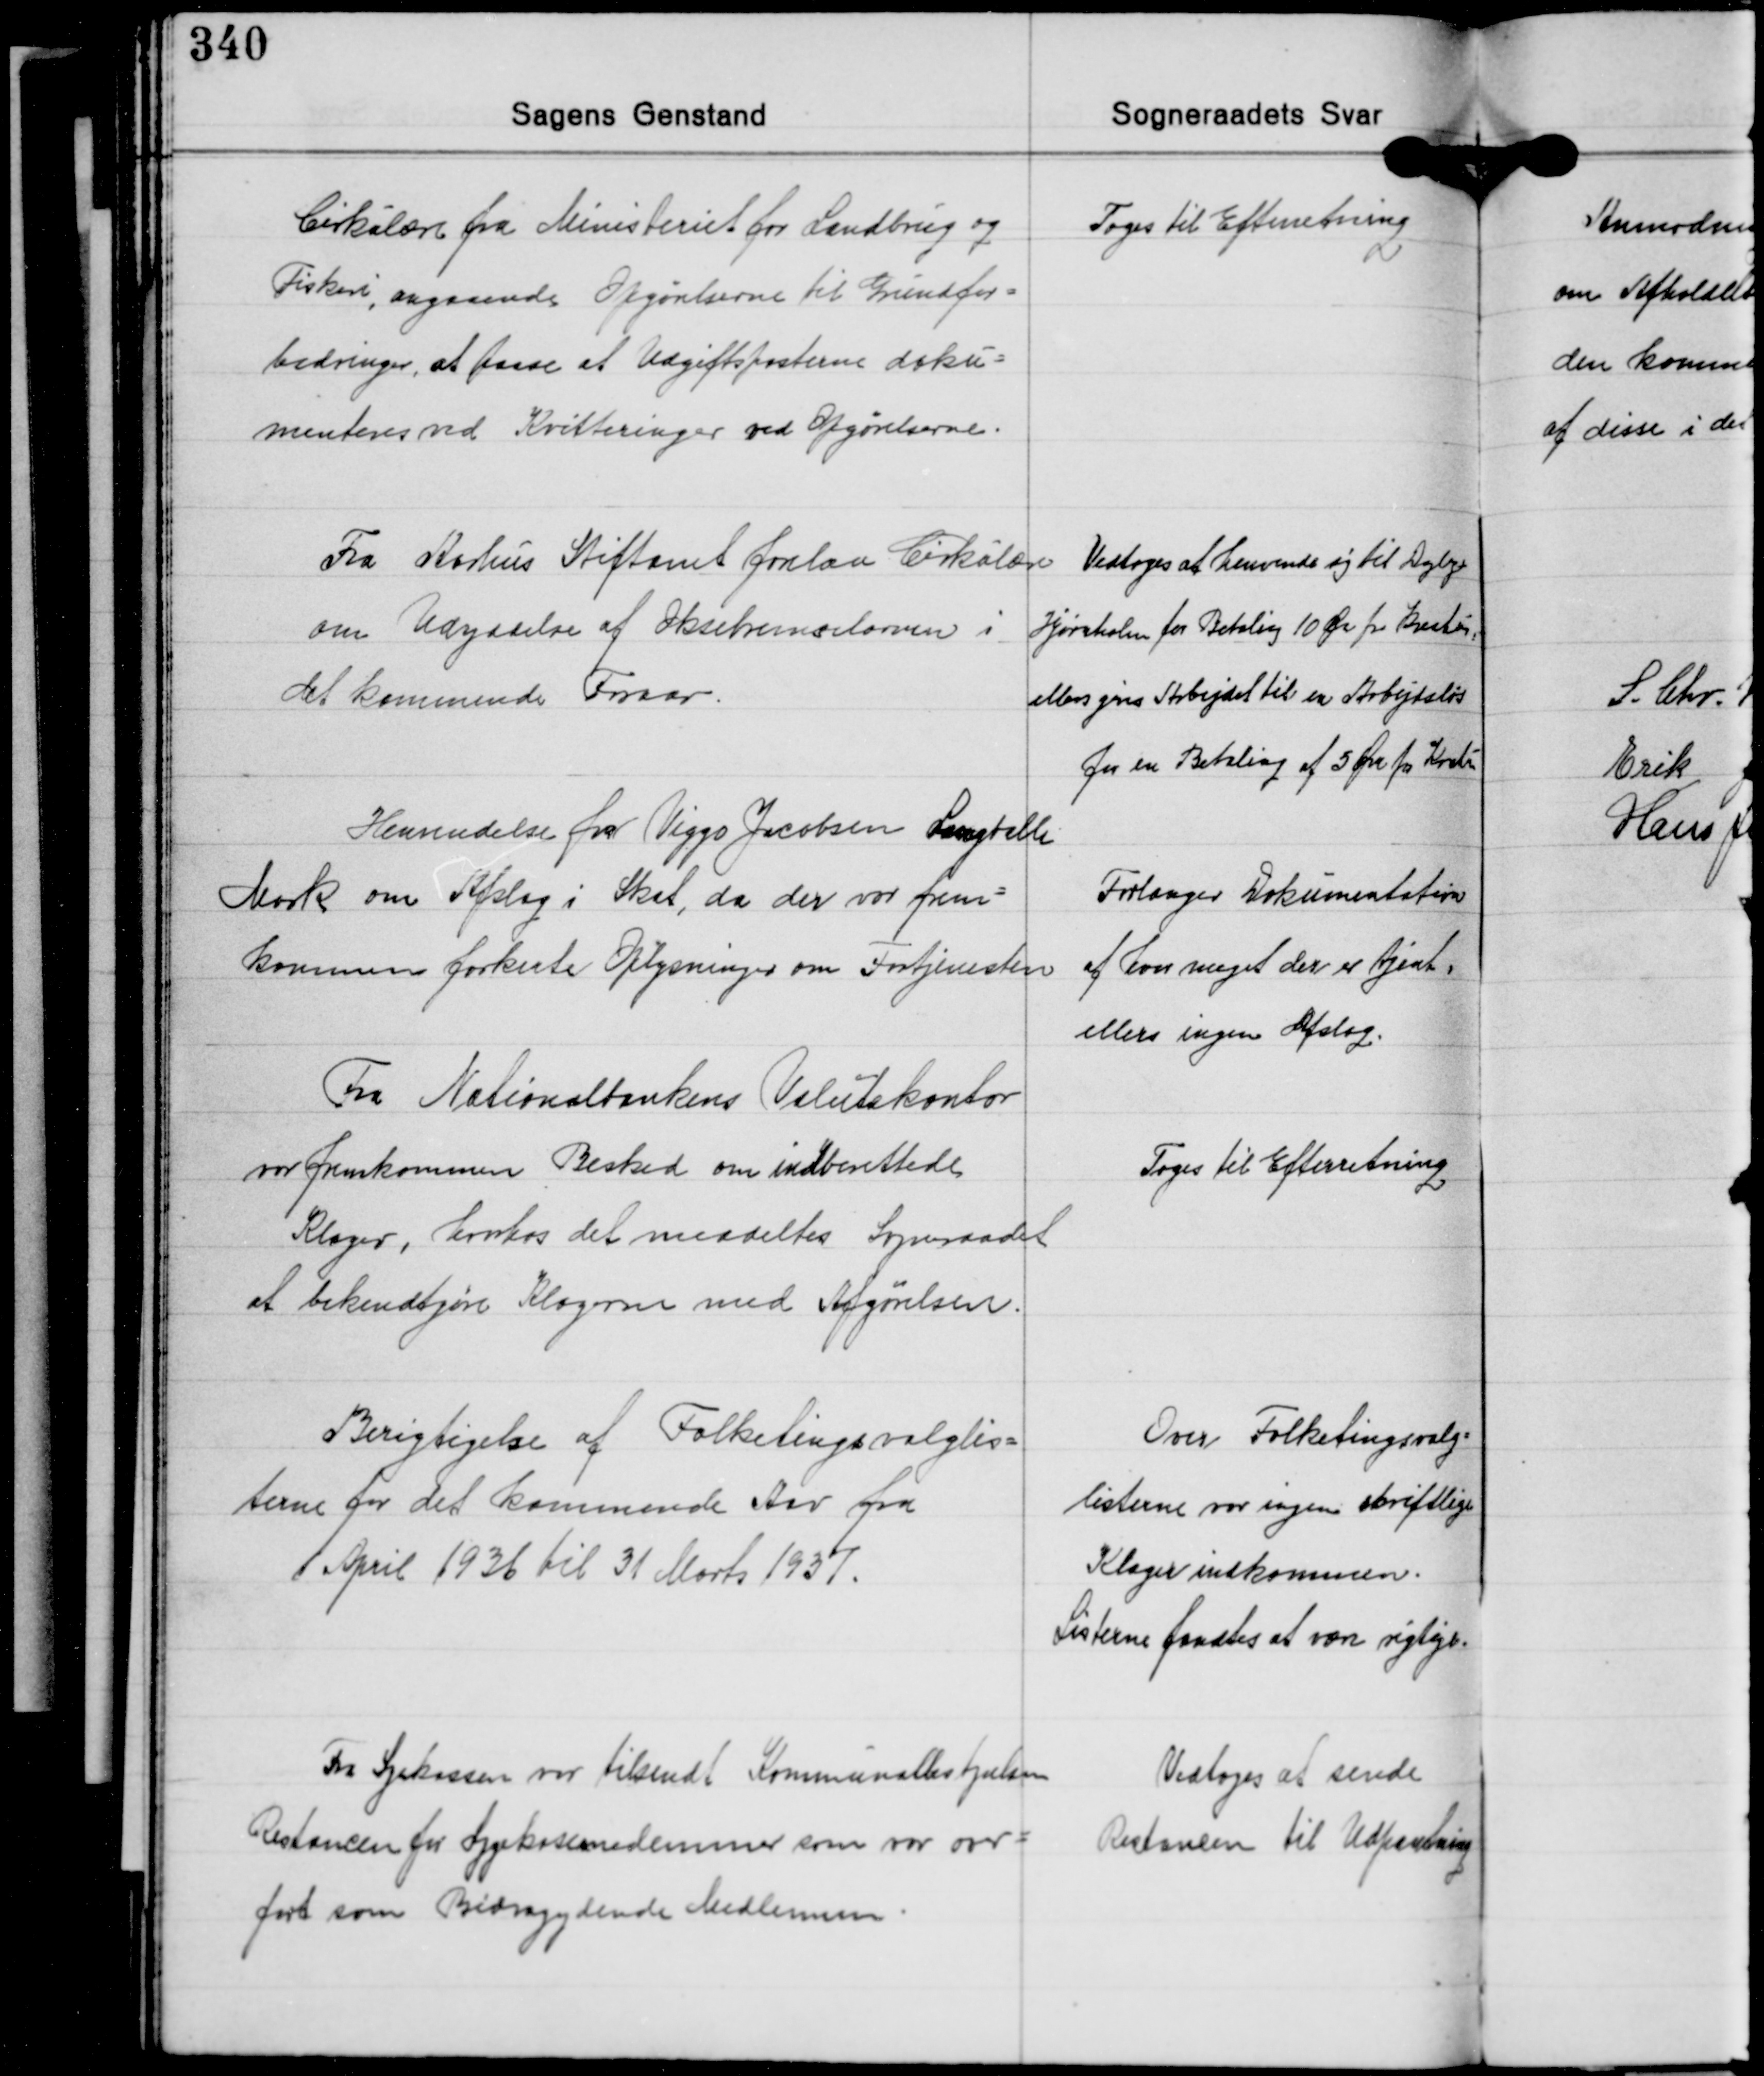
Transskription:
Cirkulære fra Ministeriet for Landbrug og
Fiskeri, angaaende Opgørelserne til Grundfor-
bedringer, at paase at Udgiftsposterne doku-
menteres ved Kvitteringer ved Afgørelserne.

Toges til Efterretning

Fra Aarhus Stiftamt forelaa Cirkulære
om Udryddelse af Oksebremsslarven i
det kommende Foraar.

Vedtoges at henvende sig til Dyrlæge
Hjørnholm for Betaling 10 Øre pr. Kreatur,
ellers gives Arbejdet til en Arbejdsløs
for en Betaling af 5 Øre pr. Kreatur.

Henvendelse fra Viggo Jacobsen Langballe
Mark om Afslag i Skat, da der var frem-
kommen forkeste Oplysninger om Fortjenesten

Forlanger Dokumentation
af hvor meget der er tjent,
ellers ingen Afslag.

Fra Nationalbankens Valutakontor
var fremkommen Besked om indberettede
Klager, hvorhos det meddeltes Sogneraadet
at bekendtgøre Klagerne med Afgørelsen.

Toges til Efterretning

Berigtigelse af Folketingsvalglis-
terne for det kommende Aar fra
1 April 1936 til 31 Marts 1937.

Over Folketingsvalg-
listerne var ingen skriftlige
Klager indkommen.
Listerne fandtes at være rigtige.

Fra Sygekassen var tilsendt Kommunalbestyrelsen
Restancen for Sygekassemedlemmer som var over-
ført som Bidragydende Medlemmer.

Vedtoges at sende
Restancen til Udpantning